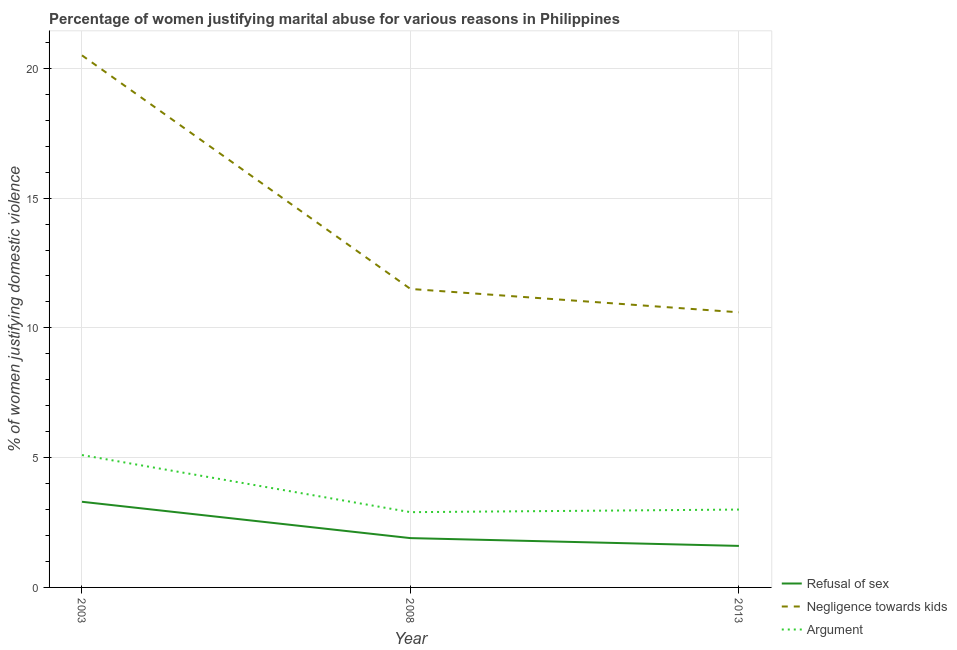
| Year | Refusal of sex | Negligence towards kids | Argument |
 | --- | --- | --- | --- |
 | 2003 | 3.3 | 20.5 | 5.1 |
 | 2008 | 1.9 | 11.5 | 2.9 |
 | 2013 | 1.6 | 10.6 | 3 |